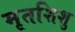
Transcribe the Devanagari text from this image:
मृतशिशु